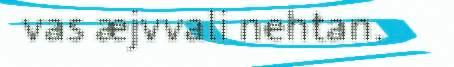
vas æjvvali nehtan.